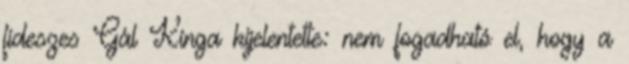
fideszes Gál Kinga kijelentette: nem fogadható el, hogy a